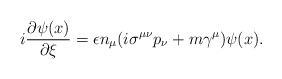
\begin{align*}i\frac{\partial \psi (x)}{\partial \xi }=\epsilon n_\mu (i\sigma ^{\mu \nu}p_\nu +m\gamma ^\mu )\psi (x). \end{align*}